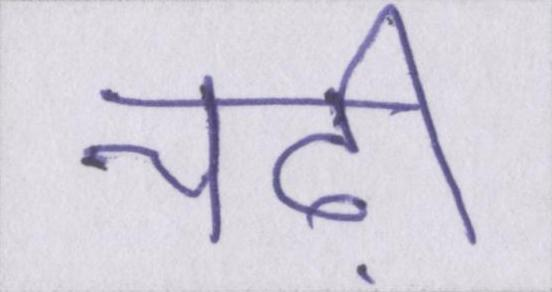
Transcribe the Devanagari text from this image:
चढ़ी